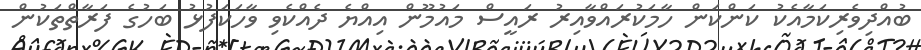
ބުއްދިވެރިކަމާއެކު ކަންކަން ހާމަކުރައްވާއިރު ރައީސް މައުމޫން އިއްޔެ ދެއްކެވި ވާހަކަފުޅު ބަހުގެ ފަރާތްތަކުން